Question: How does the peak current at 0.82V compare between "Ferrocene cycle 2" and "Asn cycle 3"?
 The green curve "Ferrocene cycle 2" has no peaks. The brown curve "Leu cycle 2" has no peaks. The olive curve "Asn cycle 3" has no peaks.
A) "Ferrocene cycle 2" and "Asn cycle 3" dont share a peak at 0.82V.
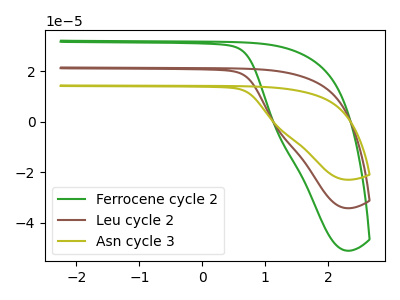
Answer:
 <answer>A) "Ferrocene cycle 2" and "Asn cycle 3" dont share a peak at 0.82V.</answer>
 <eval>A</eval>